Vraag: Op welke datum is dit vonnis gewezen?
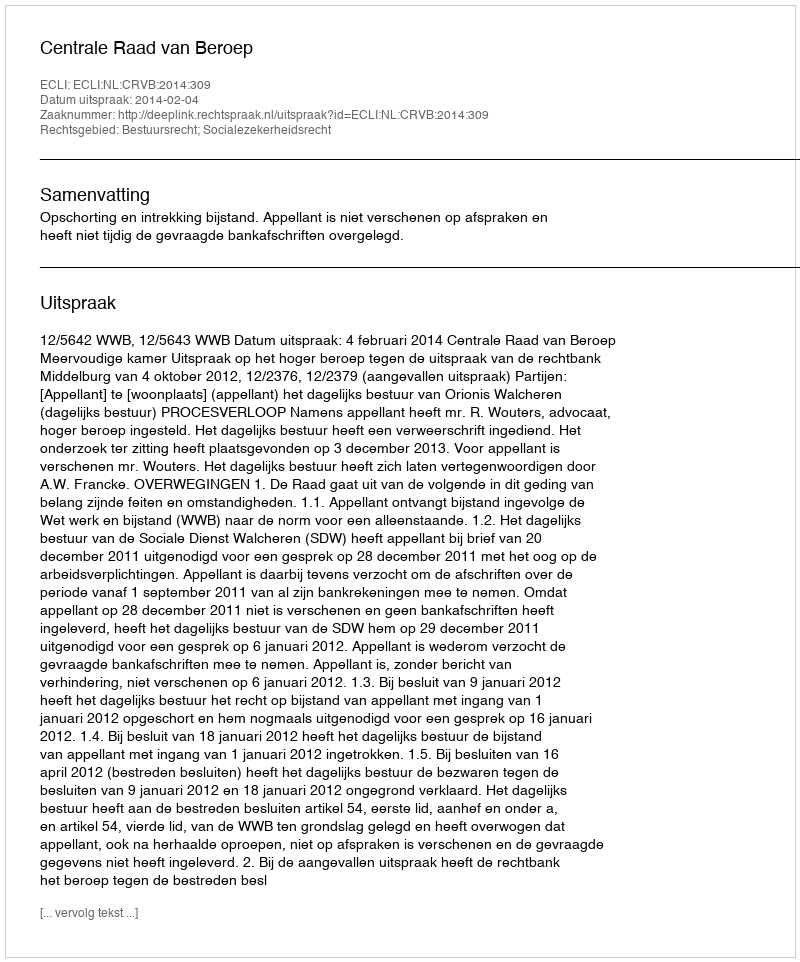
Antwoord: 2014-02-04